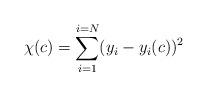
LaTeX: \begin{align*}\chi(c) = \sum_{i=1}^{i=N}(y_{i}-y_{i}(c))^{2}\end{align*}